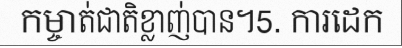
កម្ចាត់ជាតិខ្លាញ់បាន។5. ការដេក